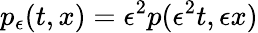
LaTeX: p_{\epsilon}(t,x)=\epsilon^{2}p(\epsilon^{2}t,\epsilon x)